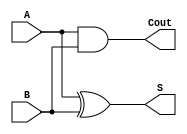
`timescale 1ns / 1ps
module HA(
    input A,
    input B,
    output S,
    output Cout
);
assign S = A ^ B;
assign Cout = A&B;

endmodule